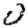
Digit: 0